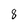
Character: 8